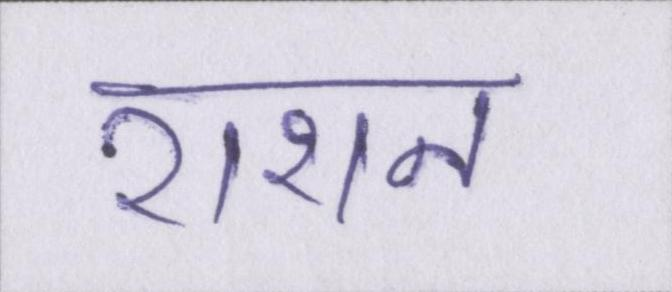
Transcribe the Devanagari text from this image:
राशन